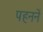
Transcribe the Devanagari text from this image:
पहननें